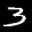
Label: 3